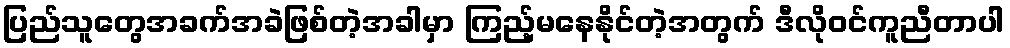
ပြည်သူတွေအခက်အခဲဖြစ်တဲ့အခါမှာ ကြည့်မနေနိုင်တဲ့အတွက် ဒီလိုဝင်ကူညီတာပါ